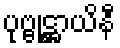
ပုဗ္ဗုဋ္ဌာယိနီ